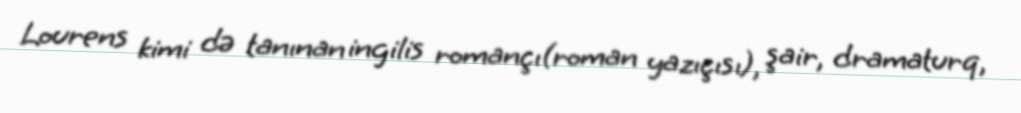
Lourens kimi də tanınan ingilis romançı(roman yazıçısı), şair, dramaturq,